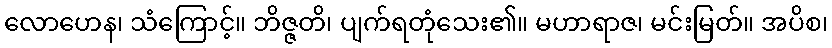
လောဟေန၊ သံကြောင့်။ ဘိဇ္ဇတိ၊ ပျက်ရတုံသေး၏။ မဟာရာဇ၊ မင်းမြတ်။ အပိစ၊